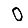
Digit: 0